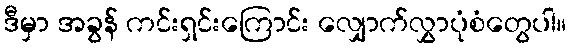
ဒီမှာ အခွန် ကင်းရှင်းကြောင်း လျှောက်လွှာပုံစံတွေပါ။